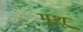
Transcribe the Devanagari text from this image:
मूशू